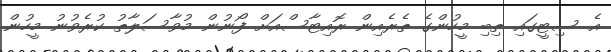
އެ ސިޓީގައި ތިބި މީހުންގެ ތެރެއިން ރޮއިޓާސްއަށް ފޯނުން މުވާސަލާތު ކުރެވުނު މީހުން